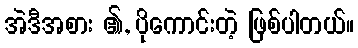
အဲဒီအစား ၏, ပိုကောင်းတဲ့ ဖြစ်ပါတယ်။